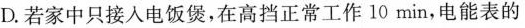
D.若家中只接入电饭煲，在高挡正常工作10min，电能表的